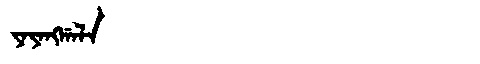
Manchu: ᠶᠠᠶᠠᠩᡤᠠᠯᠠ
Romanization: YAYANGGALA